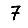
Digit: 7